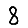
Digit: 8